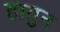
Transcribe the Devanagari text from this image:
हातुन